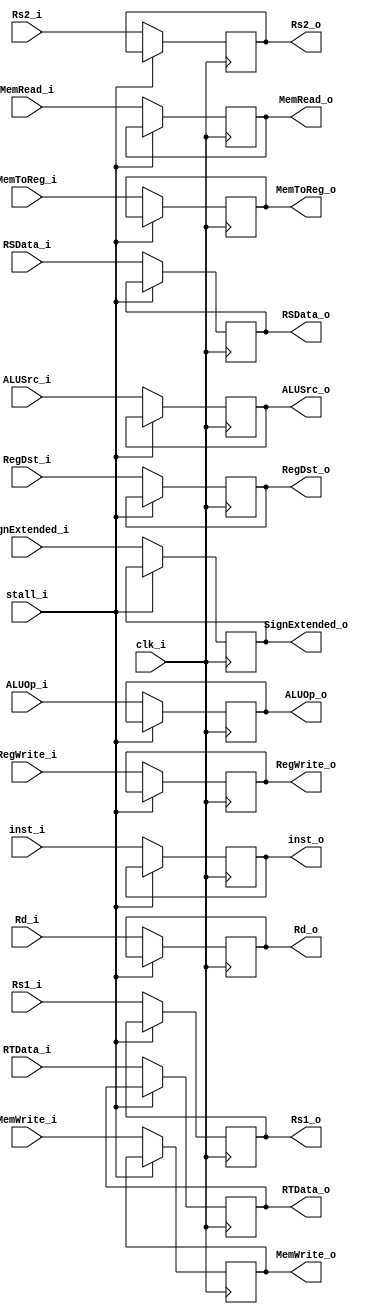
module IDEX (
	clk_i, 
	inst_i,
	stall_i, 
	//pc_i,
	RSData_i, 
	RTData_i,
	SignExtended_i,
	Rs1_i,
	Rs2_i,
	Rd_i,

	inst_o, 
	//pc_o, 
	Rs1_o,
	Rs2_o,
	Rd_o,
// 	stall_i,
	RSData_o, 
	RTData_o,
	SignExtended_o,

	RegDst_i,
	ALUOp_i,
	ALUSrc_i,
	MemRead_i,
	MemWrite_i,
	RegWrite_i,
	MemToReg_i,
	RegDst_o,
	ALUOp_o,
	ALUSrc_o,
	MemRead_o,
	MemWrite_o,
	RegWrite_o,
	MemToReg_o
);

input 	     	clk_i;
input [31:0]    inst_i;
//input [31:0]    pc_i;
input [4:0]		Rs1_i,Rs2_i,Rd_i;
input [31:0]    RSData_i;
input [31:0]    RTData_i;
input [31:0]    SignExtended_i;

input 			stall_i;
output [31:0] 	RSData_o;
output [31:0] 	RTData_o;
output [31:0] 	SignExtended_o;
output [31:0] 	inst_o;
//output [31:0] 	pc_o;	//SEPC
output [4:0]		Rs1_o,Rs2_o,Rd_o;

//control
input RegDst_i;
input ALUSrc_i;
input RegWrite_i;
input MemToReg_i;
input MemRead_i;
input MemWrite_i;
input [1:0]	 ALUOp_i;

output 	     RegDst_o, ALUSrc_o, RegWrite_o, MemToReg_o, MemRead_o, MemWrite_o;
output [1:0] ALUOp_o;


reg [31:0] 	RSData_o;
reg [31:0] 	RTData_o;
reg [31:0] 	SignExtended_o;
reg [4:0]	Rs1_o,Rs2_o,Rd_o;
reg [31:0] 	inst_o;
//reg [31:0] 	pc_o 			= 32'd0;

reg 	    RegDst_o;
reg 		ALUSrc_o;
reg 		RegWrite_o; 
reg 		MemToReg_o; 
reg 		MemRead_o; 
reg 		MemWrite_o;
reg [1:0]   ALUOp_o;

initial begin 
    RSData_o 		    <= 32'd0;
    RTData_o 		    <= 32'd0;
    SignExtended_o 	    <= 32'd0;
    Rs1_o               <= 5'd0;
    Rs2_o               <= 5'd0;
    Rd_o                <= 5'd0;
    inst_o 			    <= 32'd0;
  
    RegDst_o            <= 1'd0;
   	ALUSrc_o            <= 1'd0;
    RegWrite_o          <= 1'd0; 
   	MemToReg_o          <= 1'd0; 
    MemRead_o           <= 1'd0; 
    MemWrite_o          <= 1'd0;
    ALUOp_o             <= 2'd0;


end

//always @(posedge clk_i & (inst_i | Rs1_i | Rs2_i | Rd_i | RSData_i | RTData_i | SignExtended_i | RegDst_i | ALUSrc_i | RegWrite_i | MemToReg_i | MemRead_i| MemWrite_i |ALUOp_i))
 always @(posedge clk_i) 
if(~stall_i) begin
	// if(~stall_i) 
	inst_o			<=	inst_i;	//the bottom part
	//pc_o			<=	pc_i;
	Rs1_o			<=  Rs1_i;
	Rs2_o			<=  Rs2_i;
	Rd_o			<=  Rd_i;
	RSData_o		<=	RSData_i;
	RTData_o		<=	RTData_i;
	SignExtended_o	<=	SignExtended_i;

	//control
	ALUSrc_o		<= ALUSrc_i;
	RegDst_o 		<= RegDst_i;
	ALUOp_o			<= ALUOp_i;
	
	MemRead_o		<= MemRead_i;
	MemWrite_o		<= MemWrite_i;
	RegWrite_o		<= RegWrite_i;
	MemToReg_o		<= MemToReg_i;
end

endmodule